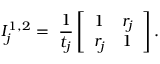
I _ { j } ^ { 1 , 2 } = \ \frac { 1 } { t _ { j } } \left[ \begin{array} { l l } { 1 } & { r _ { j } } \\ { r _ { j } } & { 1 } \end{array} \right] .